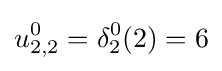
u_{2,2}^{0}=\delta _{2}^{0}(2)=6